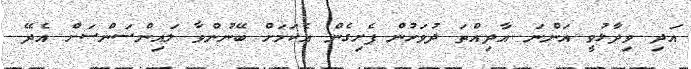
އަދި ވިދާޅުވީ އަންނަ އާދިއްތަ ދުވަހުން ފެށިގެން އެކަމަށް ބޭނުންވާ ލައިންސަންސަށް އެދޭ